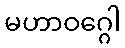
မဟာဝဂ္ဂေါ